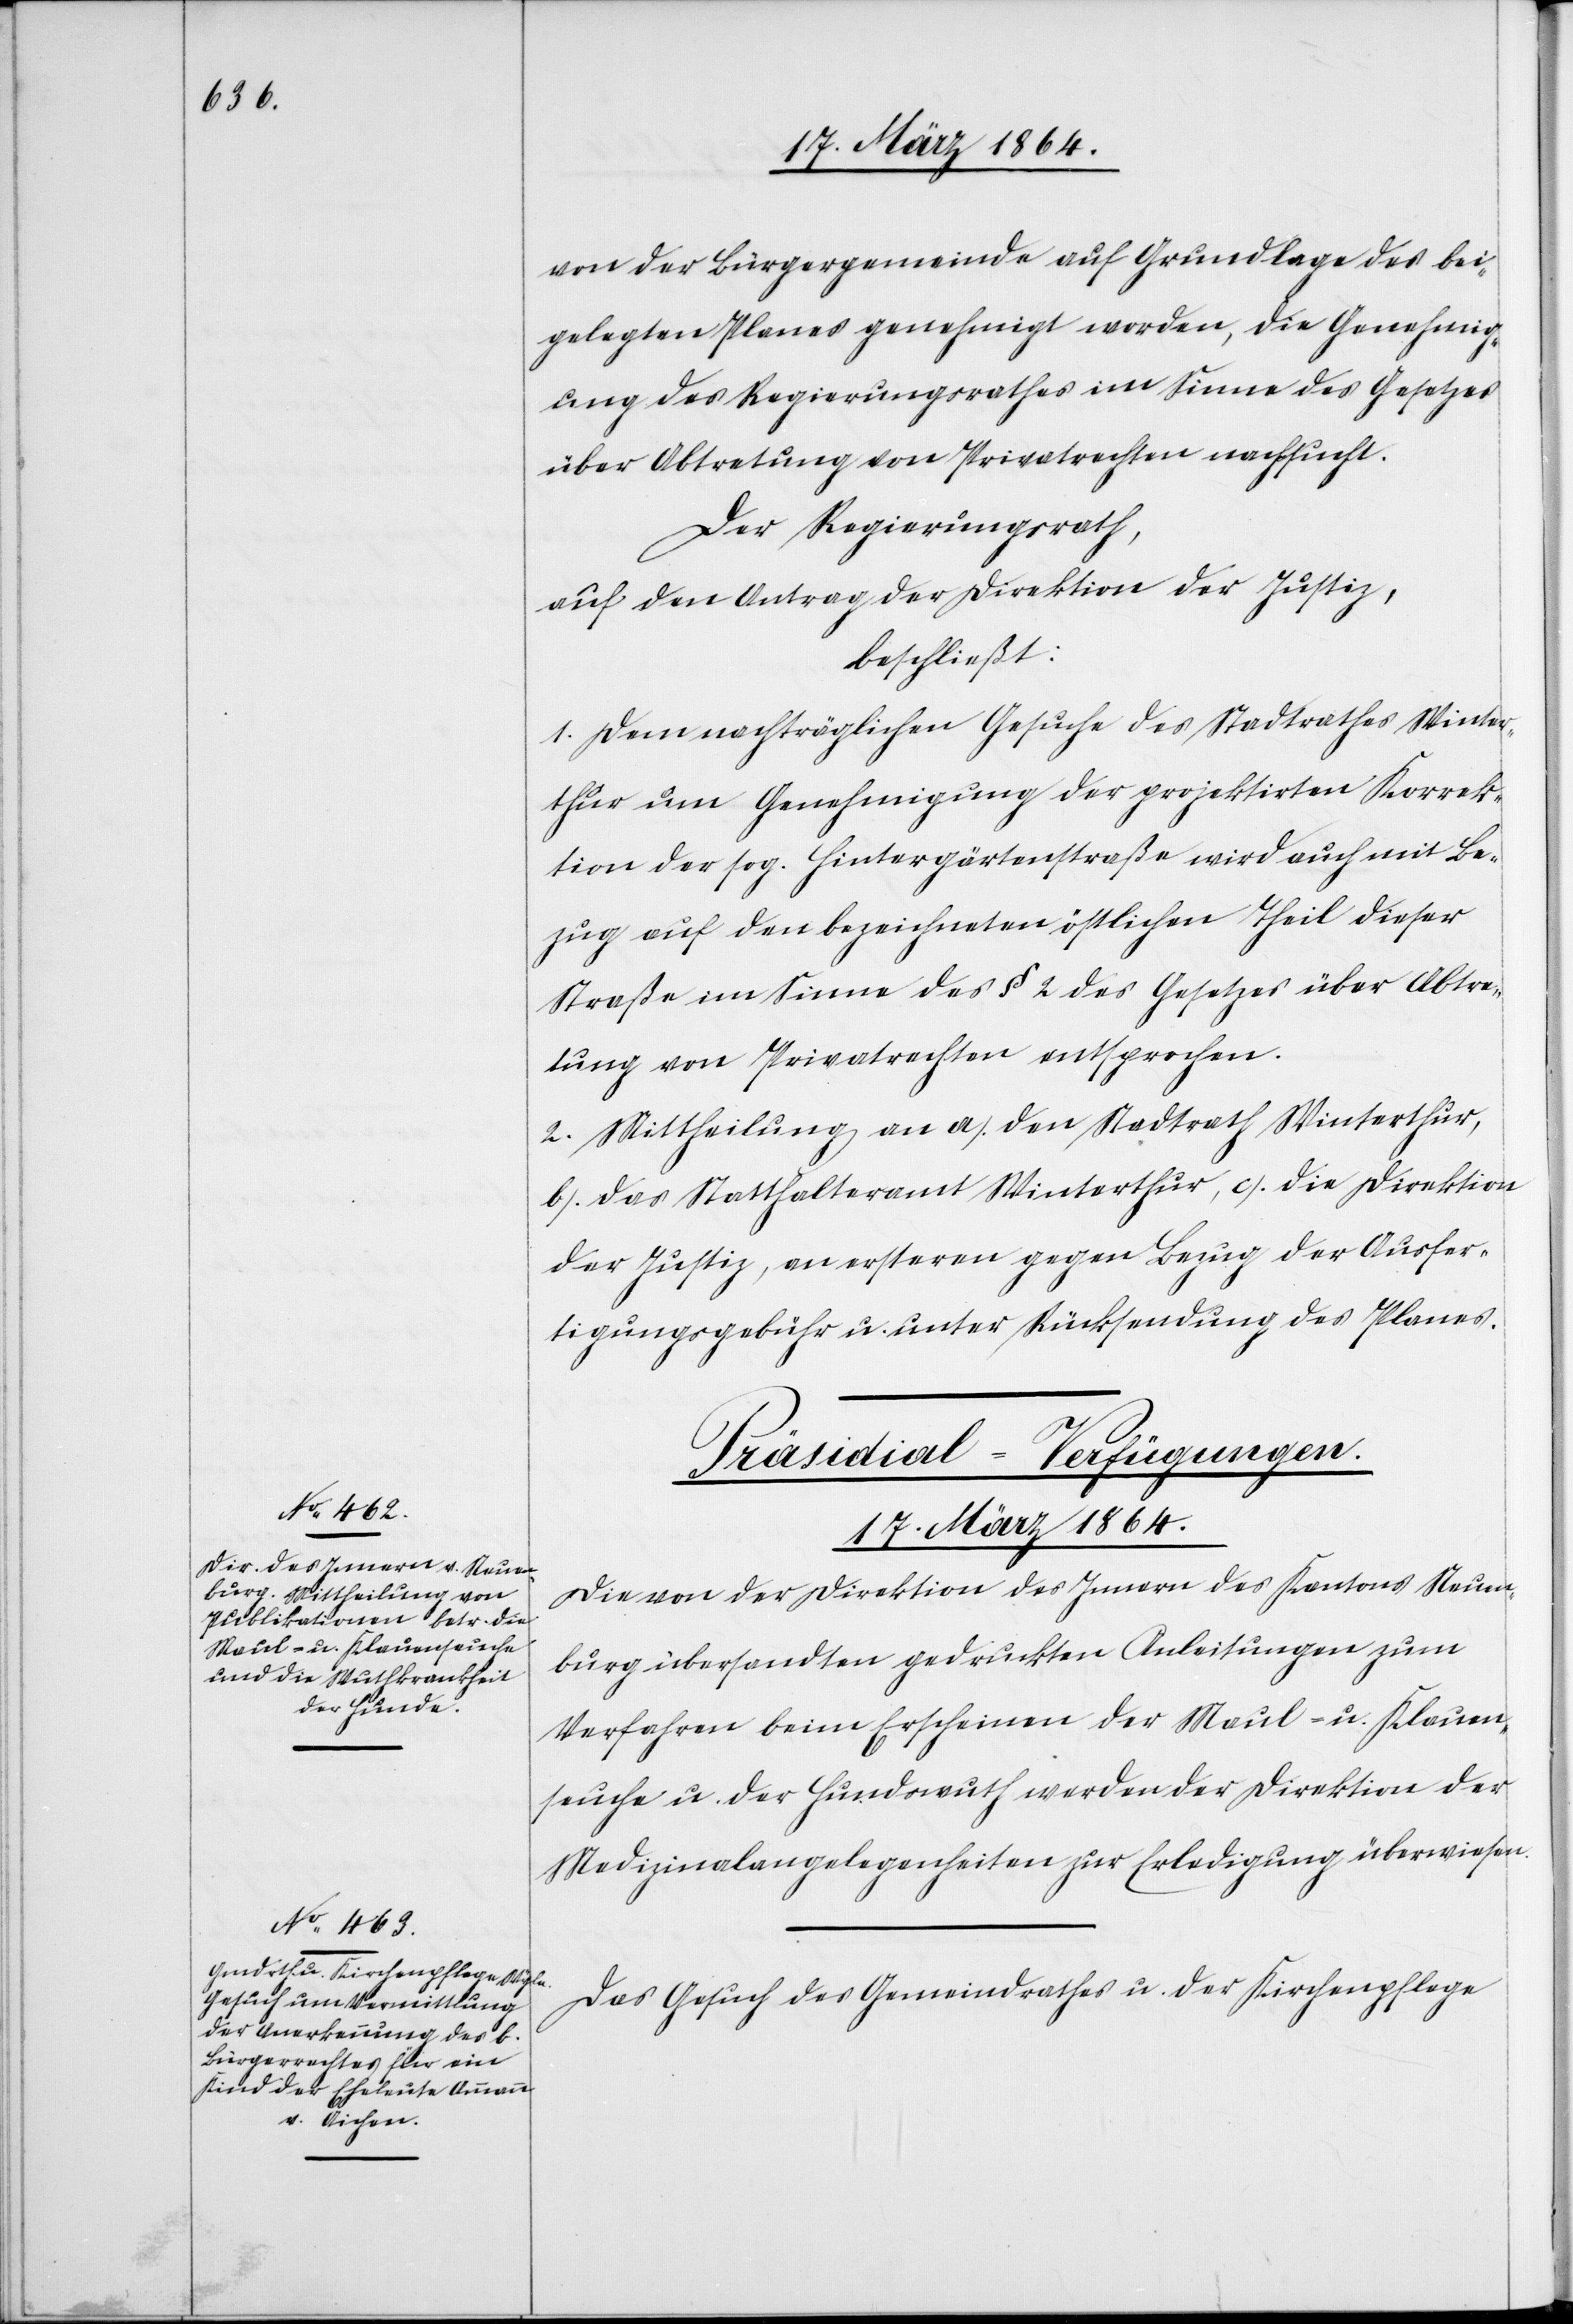
von der Bürgergemeinde auf Grundlage des bei¬
gelegten Planes genehmigt worden, die Genehmig¬
ung des Regierungsrathes im Sinne des Gesetzes
über Abtretung von Privatrechten nachsucht.
Der Regierungsrath,
auf den Antrag der Direktion der Justiz,
beschließt:
1. Dem nachträglichen Gesuche des Stadtrathes Winter¬
thur um Genehmigung der projektirten Korrek¬
tion der sog. Hintergärtenstraße wird auch mit Be¬
zug auf den bezeichneten östlichen Theil dieser
Straße im Sinne des § 2 des Gesetzes über Abtre¬
tung von Privatrechten entsprochen.
2. Mittheilung an a.) den Stadtrath Winterthur,
b.) das Statthalteramt Winterthur, c.) die Direktion
der Justiz, an ersteren gegen Bezug der Ausfer¬
tigungsgebühr u. unter Rücksendung des Planes.
[Präsidial-Verfügungen.
17. März 1864.]
Die von der Direktion des Innern des Kantons Neuen¬
burg übersandten gedruckten Anleitungen zum
Verfahren beim Erscheinen der Maul- u. Klauen¬
seuche u. der Hundswuth werden der Direktion der
Medizinalangelegenheiten zur Erledigung überwiesen.
Das Gesuch des Gemeindrathes u. der Kirchenpflege